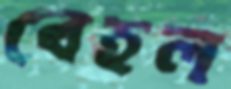
বেহল